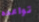
تواعده